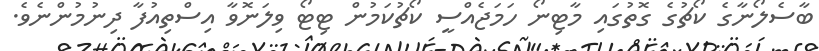
ބާސެލޯނާގެ ކޯޗުގެ ގޮތުގައި މާޓިނޯ ހަމަޖެއްސީ ކޯޗުކަމުން ޓިޓޯ ވިލަނޮވާ އިސްތިއުފާ ދިނުމުންނެވެ.